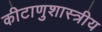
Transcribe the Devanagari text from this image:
कीटाणुशास्त्रीय